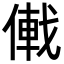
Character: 𪝠